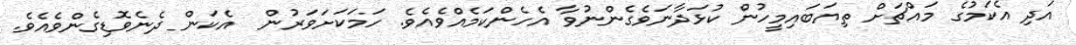
އަދި އެކަމުގެ މައްޗަށް ތިޔަބައިމީހުން ކުޅަދާނަވެގެންނުވާ އެހެންކަމެއްވެއެވެ. ހަމަކަށަވަރުން  އެކަން ދެނެވޮޑިގެންވެއެވެ.